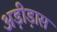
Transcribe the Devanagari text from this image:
अड़ीड़ास